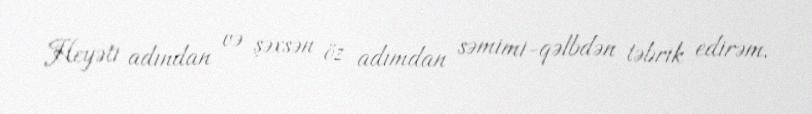
Heyəti adından və şəxsən öz adımdan səmimi-qəlbdən təbrik edirəm.